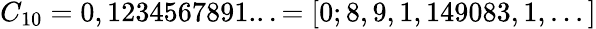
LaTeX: C_{10}=0,1234567891...=[0;8,9,1,149083,1,...]